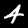
Digit: 4